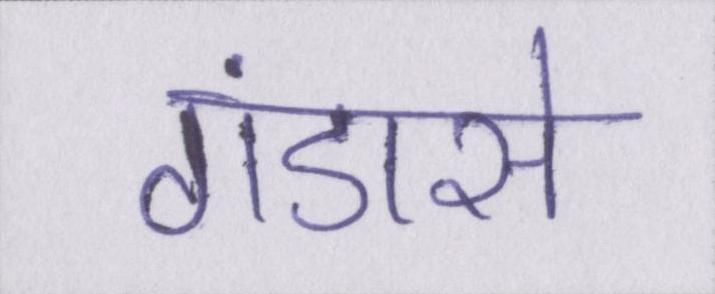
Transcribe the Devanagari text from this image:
गंडासे